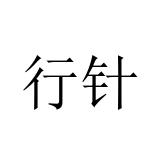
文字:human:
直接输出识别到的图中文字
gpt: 行针